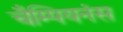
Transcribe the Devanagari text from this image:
चैम्पियनंस